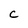
Character: c